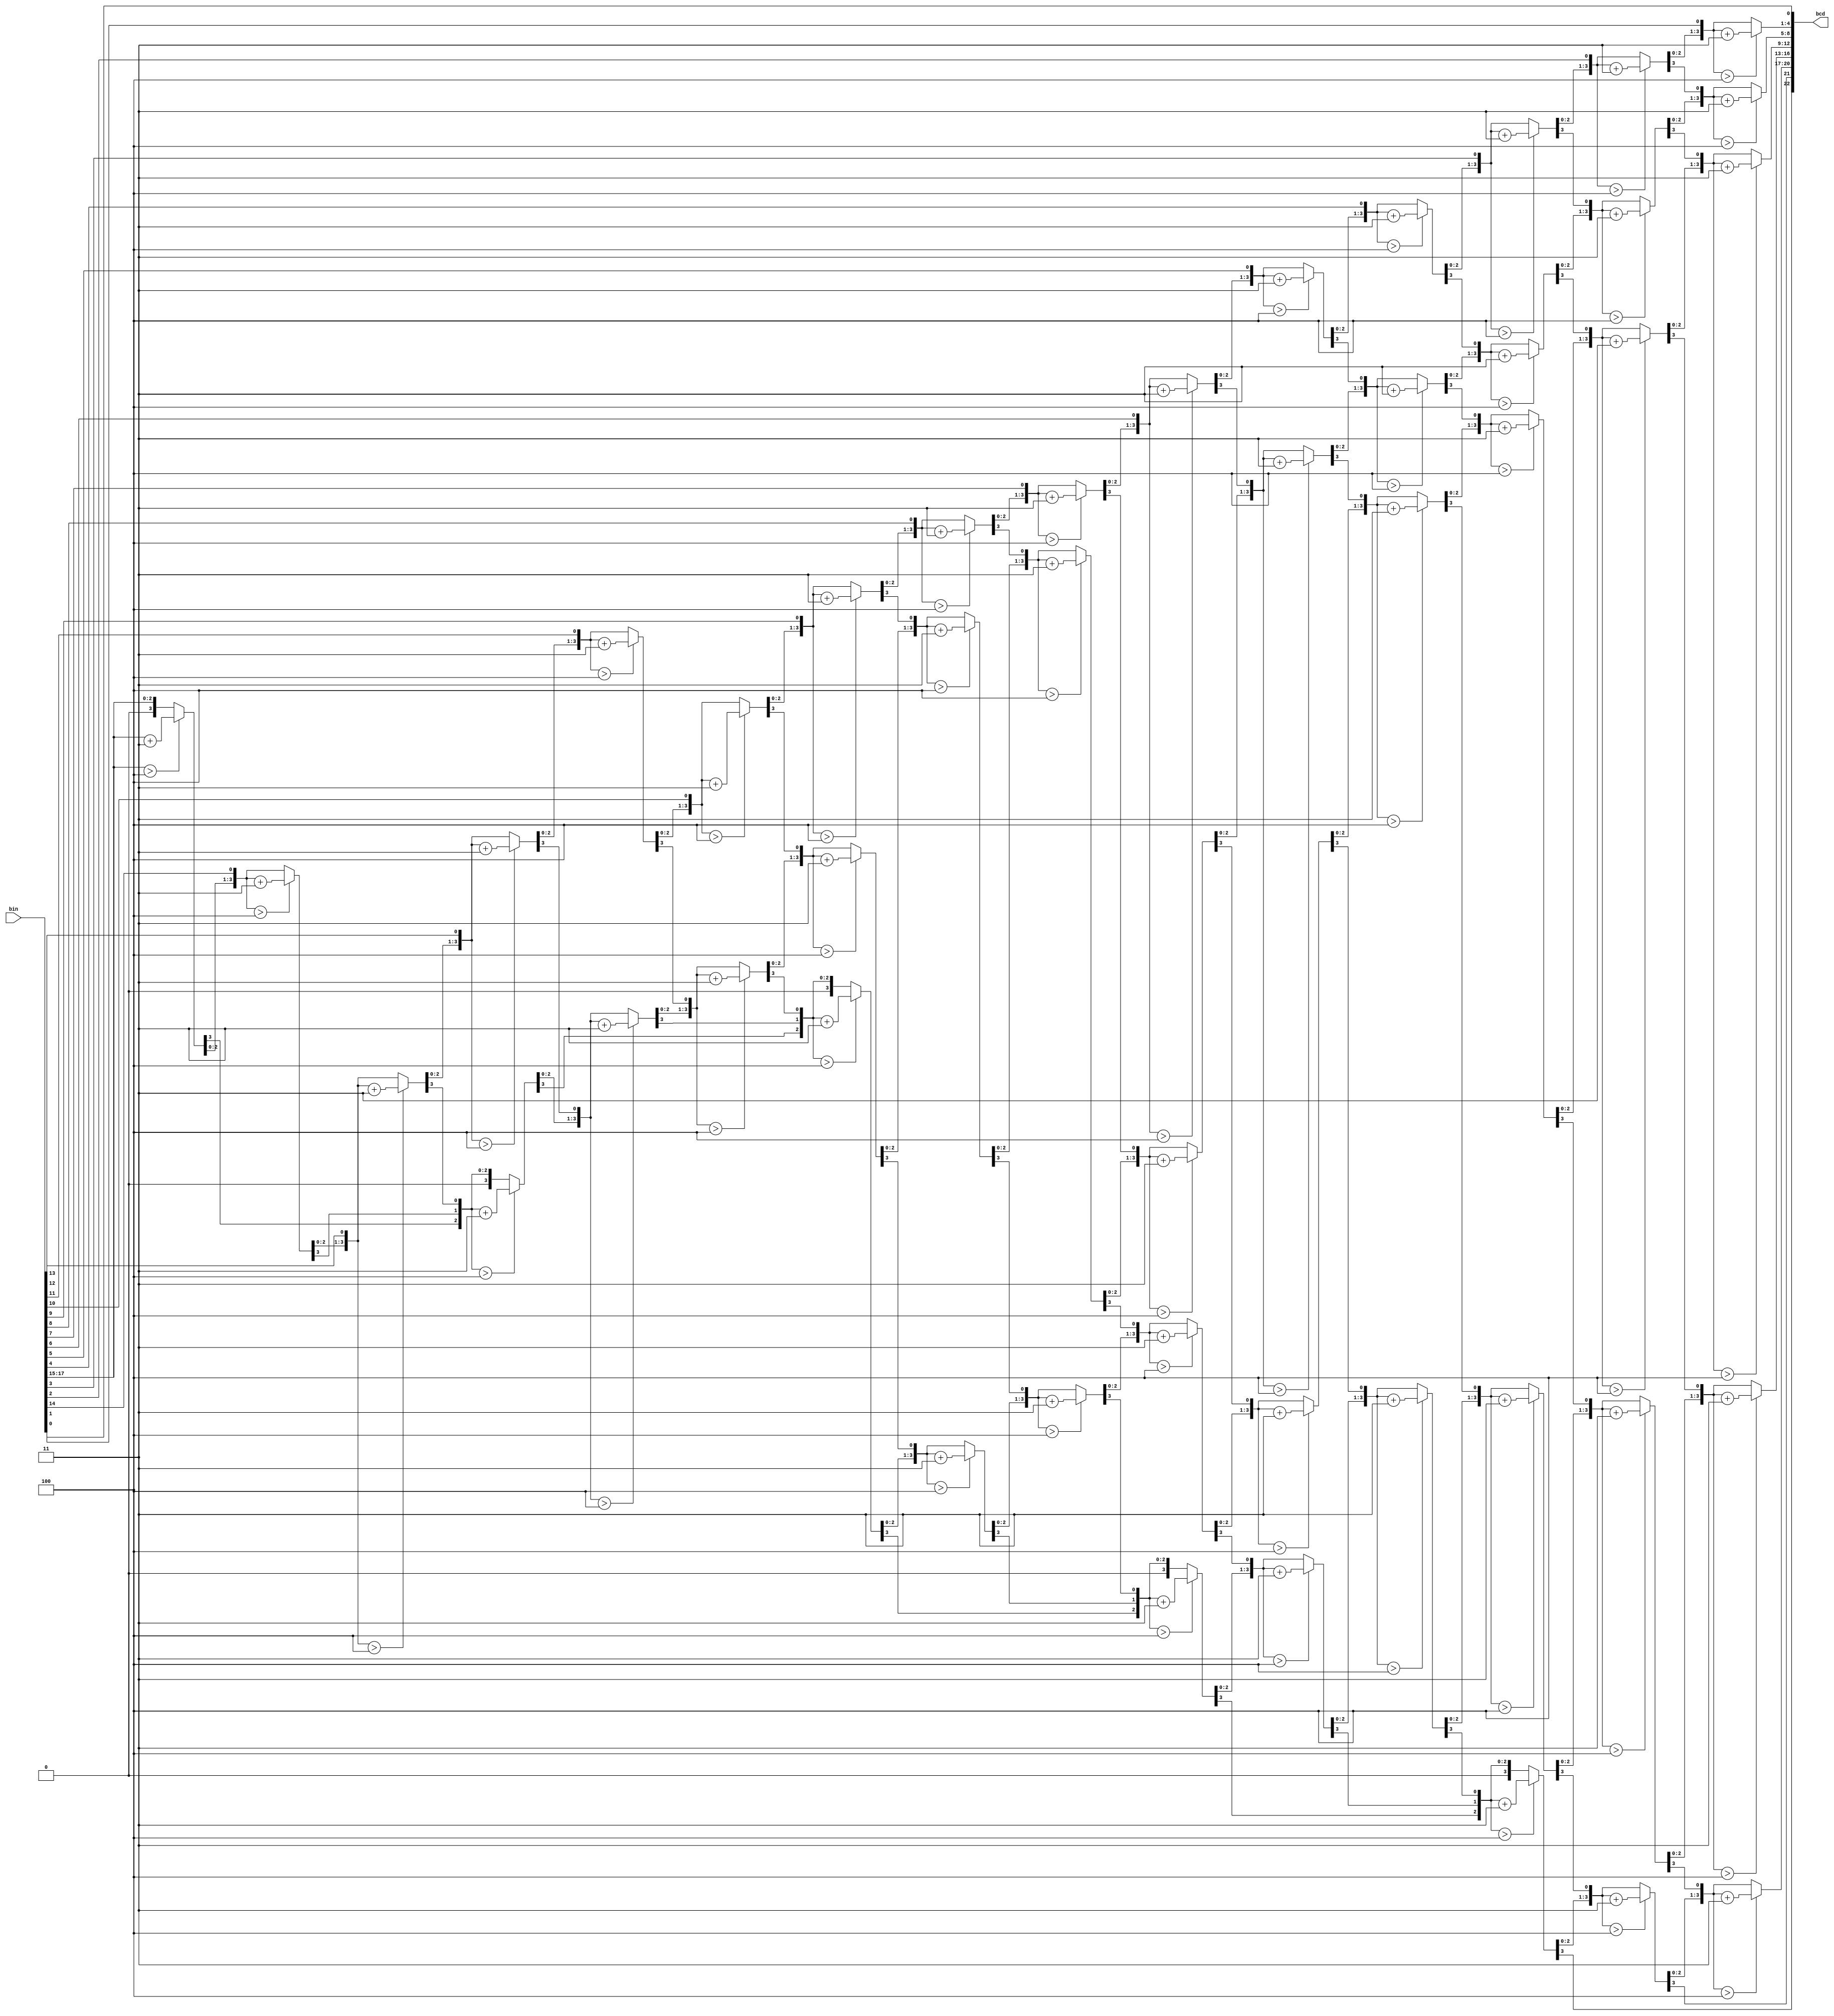
module bin2bcd #(
    parameter W = 18
) 
(

    input [W - 1 : 0] bin ,  

    output reg [W + (W - 4) / 3: 0] bcd
);

integer i, j;

always @(bin) begin
    for (i = 0; i <= W + (W - 4) / 3; i = i + 1)
        bcd[i] = 0;     
    bcd[W - 1: 0] = bin;                                
    for (i = 0; i <= W - 4; i = i + 1)                    
        for (j = 0; j <= i / 3; j = j + 1)                   
            if (bcd[W - i + 4 * j -: 4] > 4)                
                bcd[W - i + 4 * j -: 4] = bcd[W - i + 4 * j -: 4] + 4'd3; 
end

endmodule